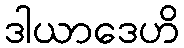
ဒါယာဒေဟိ